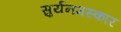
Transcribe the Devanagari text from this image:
सुर्यनमस्कार